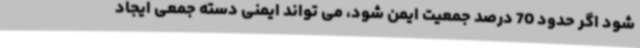
شود اگر حدود 70 درصد جمعیت ایمن شود، می تواند ایمنی دسته جمعی ایجاد